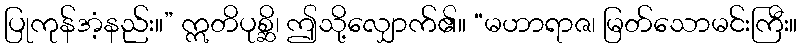
ပြုကုန်အံ့နည်း။” ဣတိပုစ္ဆိ၊ ဤသို့လျှောက်၏။ “မဟာရာဇ၊ မြတ်သောမင်းကြီး။